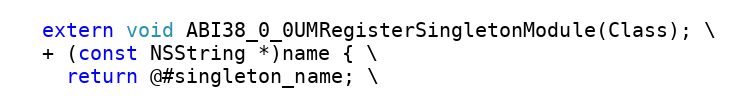
Language: C
  extern void ABI38_0_0UMRegisterSingletonModule(Class); \
  + (const NSString *)name { \
    return @#singleton_name; \